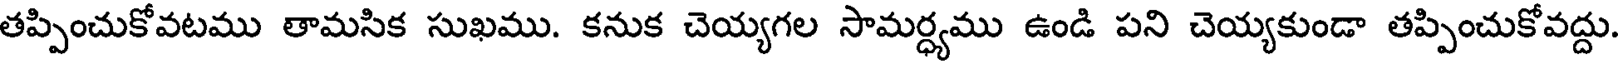
తప్పించుకోవటము తామసిక సుఖము. కనుక చెయ్యగల సామర్ధ్యము ఉండి పని చెయ్యకుండా తప్పించుకోవద్దు.